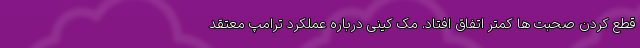
قطع کردن صحبت ها کمتر اتفاق افتاد. مک کینی درباره عملکرد ترامپ معتقد